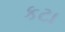
કટા